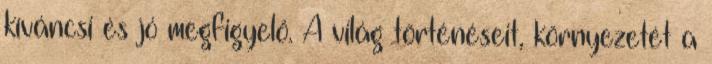
kíváncsi és jó megfigyelő. A világ történéseit, környezetét a